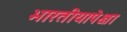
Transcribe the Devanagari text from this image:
भारतीयापेक्षा